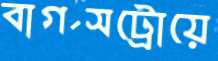
বার্গসট্রোয়ে